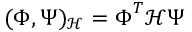
( \boldsymbol { \Phi } , \boldsymbol { \Psi } ) _ { \mathcal { H } } = \boldsymbol { \Phi } ^ { T } \mathcal { H } \boldsymbol { \Psi }